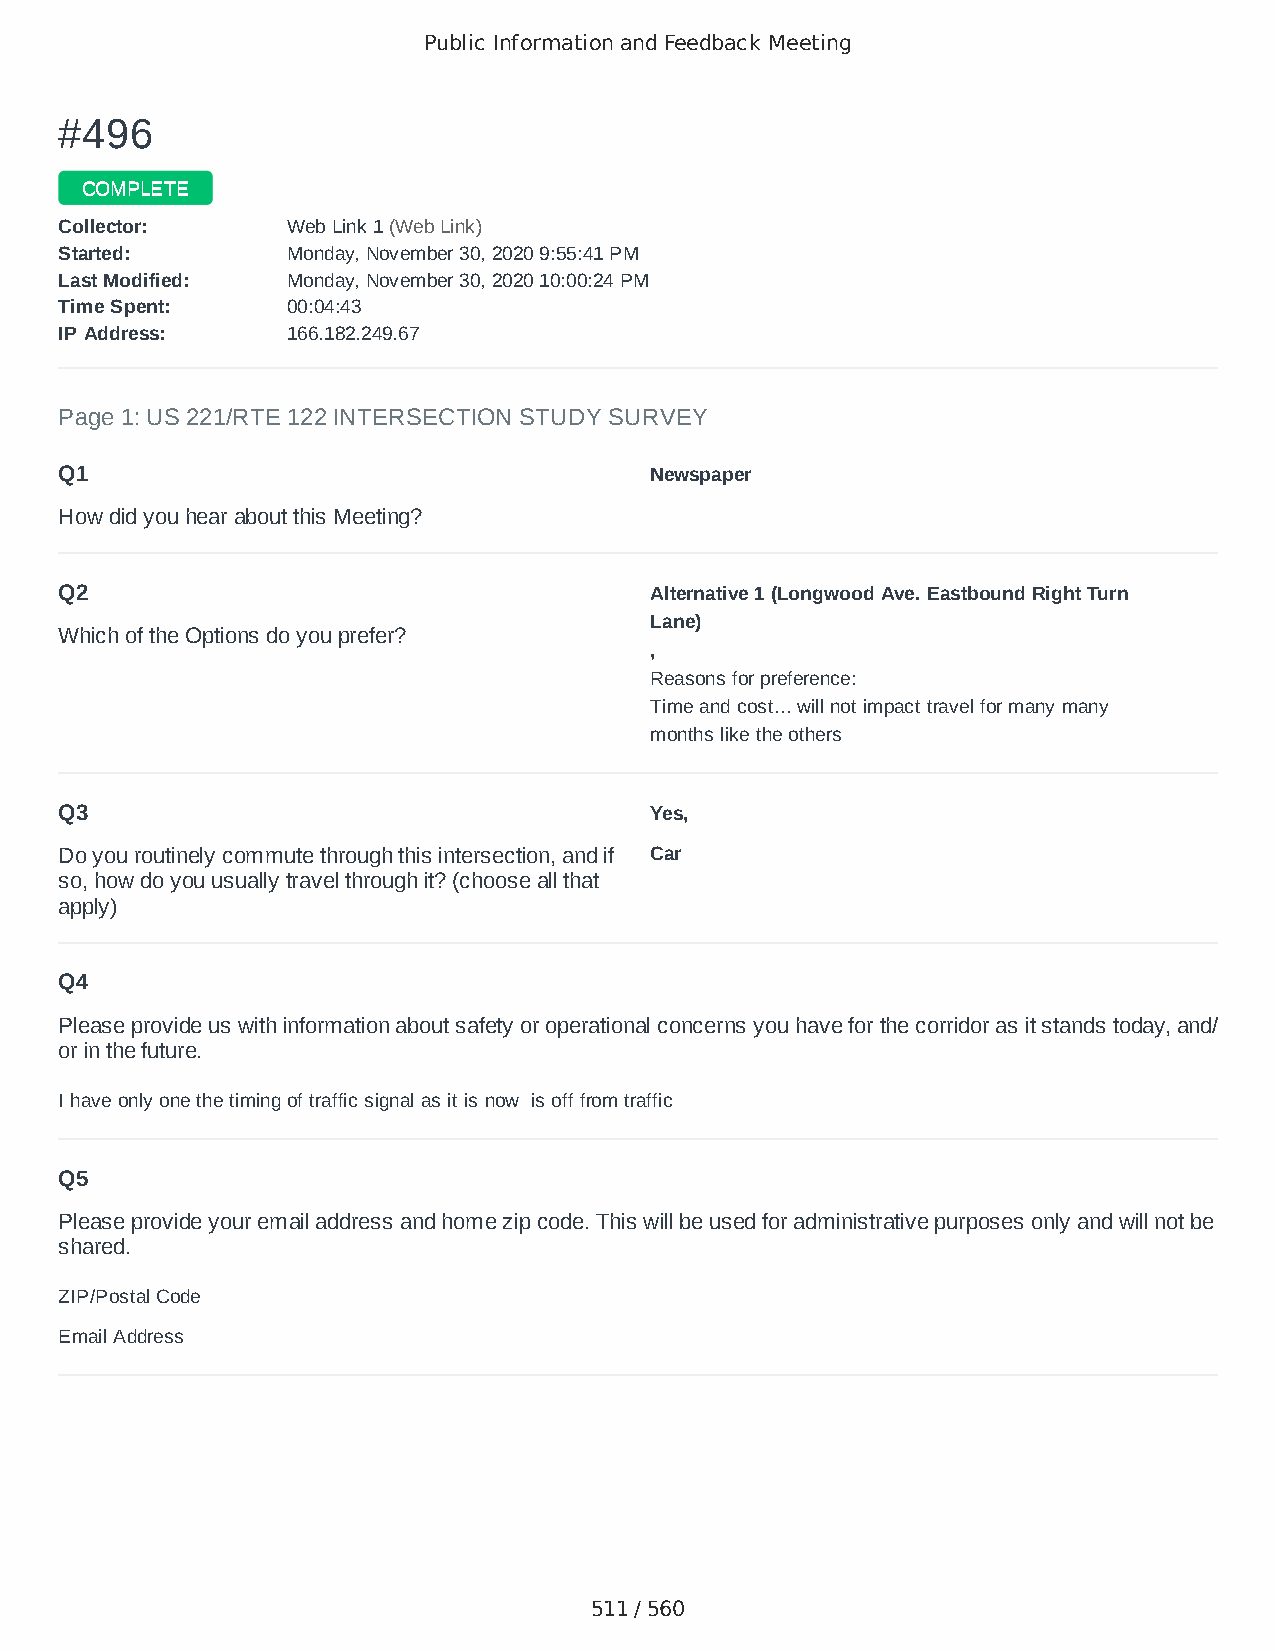
Public Information and Feedback Meeting
 ##449966
 CCOOMMPPLLEETTEE
 CCoolllleeccttoorr:: WWeebb LLiinnkk 11 ((WWeebb LLiinnkk))
 SSttaarrtteedd:: MMoonnddaayy,, NNoovveemmbbeerr 3300,, 22002200 99::5555::4411 PPMM
 LLaasstt MMooddiiffiieedd:: MMoonnddaayy,, NNoovveemmbbeerr 3300,, 22002200 1100::0000::2244 PPMM
 TTiimmee SSppeenntt:: 0000::0044::4433
 IIPP AAddddrreessss:: 116666..118822..224499..6677
 Page 1: US 221/RTE 122 INTERSECTION STUDY SURVEY
 Q1                                     Newspaper
 How did you hear about this Meeting?
 Q2                                     Alternative 1 (Longwood Ave. Eastbound Right Turn
 Lane)
 Which of the Options do you prefer?
 ,
 Reasons for preference:
 Time and cost... will not impact travel for many many
 months like the others
 Q3                                     Yes,
 Do you routinely commute through this intersection, and if Car
 so, how do you usually travel through it? (choose all that
 apply)
 Q4
 Please provide us with information about safety or operational concerns you have for the corridor as it stands today, and/
 or in the future.
 I have only one the timing of traffic signal as it is now is off from traffic
 Q5
 Please provide your email address and home zip code. This will be used for administrative purposes only and will not be
 shared.
 ZIP/Postal Code                        24523
 Email Address                          Jhstump06@aol.com
 511 / 560